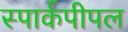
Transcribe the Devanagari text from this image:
स्पार्कपीपल